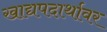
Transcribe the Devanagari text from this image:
खाद्यपदार्थावर